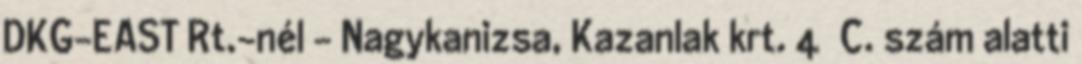
DKG-EAST Rt.-nél – Nagykanizsa, Kazanlak krt. 4 C. szám alatti